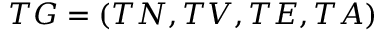
T G = ( T N , T V , T E , T A )